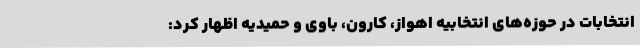
انتخابات در حوزه‌های انتخابیه اهواز، کارون، باوی و حمیدیه اظهار کرد: